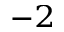
^ { - 2 }